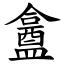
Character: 盫